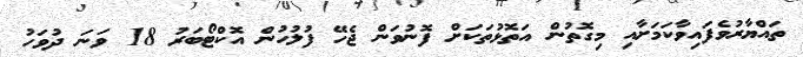
ތައްޔާރުވެފައިވާކަމަށާއި މިގޮތުން އަތޮޅުތަކަށް ފޮނުވަން ޖެހޭ ފުލުހުން އޮކްޓޯބަރު 18 ވަނަ ދުވަހު